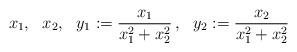
LaTeX: \begin{align*}x_1, ~~x_2,~~ y_1:= \frac{x_1}{x_1^2+x_2^2}\,,~~y_2:=\frac{x_2}{x_1^2+x_2^2}\end{align*}